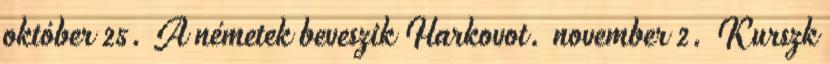
október 25. A németek beveszik Harkovot. november 2. Kurszk